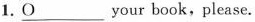
1.\underline{O} your book,please.